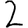
Digit: 2